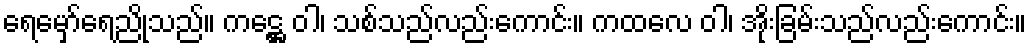
ရေမှော်ရေညိုသည်။ ကဋ္ဌေ ဝါ၊ သစ်သည်လည်းကောင်း။ ကထလေ ဝါ၊ အိုးခြမ်းသည်လည်းကောင်း။